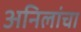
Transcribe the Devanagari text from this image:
अनिलांचा